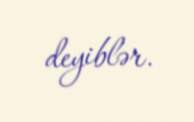
deyiblər.